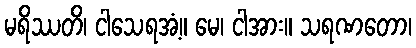
မရိဿတိ၊ ငါသေရအံ့။ မေ၊ ငါအား။ သရဏတော၊